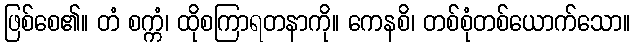
ဖြစ်စေ၏။ တံ စက္ကံ၊ ထိုစကြာရတနာကို။ ကေနစိ၊ တစ်စုံတစ်ယောက်သော။